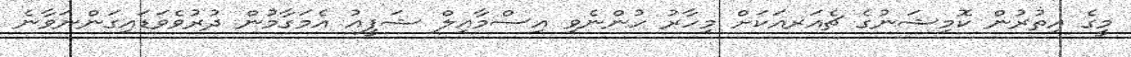
މީގެ އިތުރުން ކޮމިޝަނުގެ ޗެއަރއަކަށް މިހާރު ހުންނެވި އިސްމާއިލް ޝަފީއު އެމަގާމުން ދުރުވެވަޑައިގަންނަވާނެ